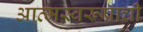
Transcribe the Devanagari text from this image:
आत्मस्वरूपाची